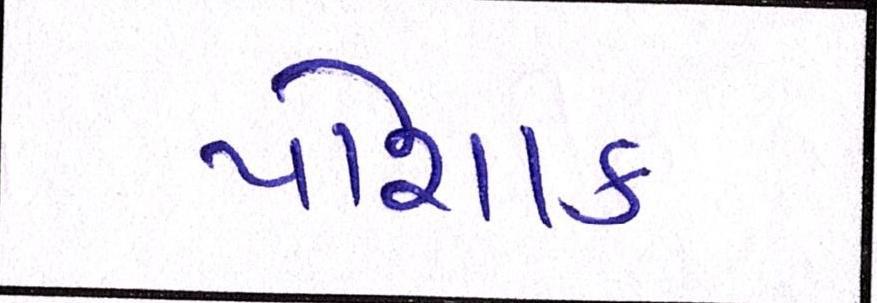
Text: પોશાક